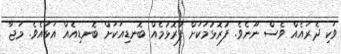
ވަކި ދެރައެއް ވެސް ނޫނެވެ. ފުރޮޅުމަކަށް ފުރޮޅުމެއް ބޮނޑިއަކަށް ބޮނޑިއެއް އަޅައެވެ. މަޖާ